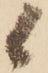
候